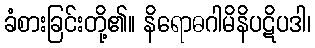
ခံစားခြင်းတို့၏။ နိရောဓဂါမိနိပဋိပဒါ၊